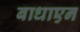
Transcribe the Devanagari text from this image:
बाधाएन